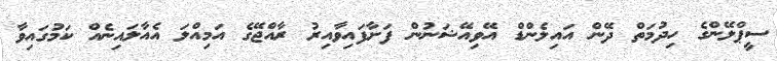
ސީޕްލޭންގެ ހިދުމަތް ދޭން އައިލެންޑް އޭވިއޭޝަނުން ފަށާފައިވާއިރު ރާއްޖޭގެ އަމިއްލަ އެއާލައިނެއް ކަމުގައިވާ